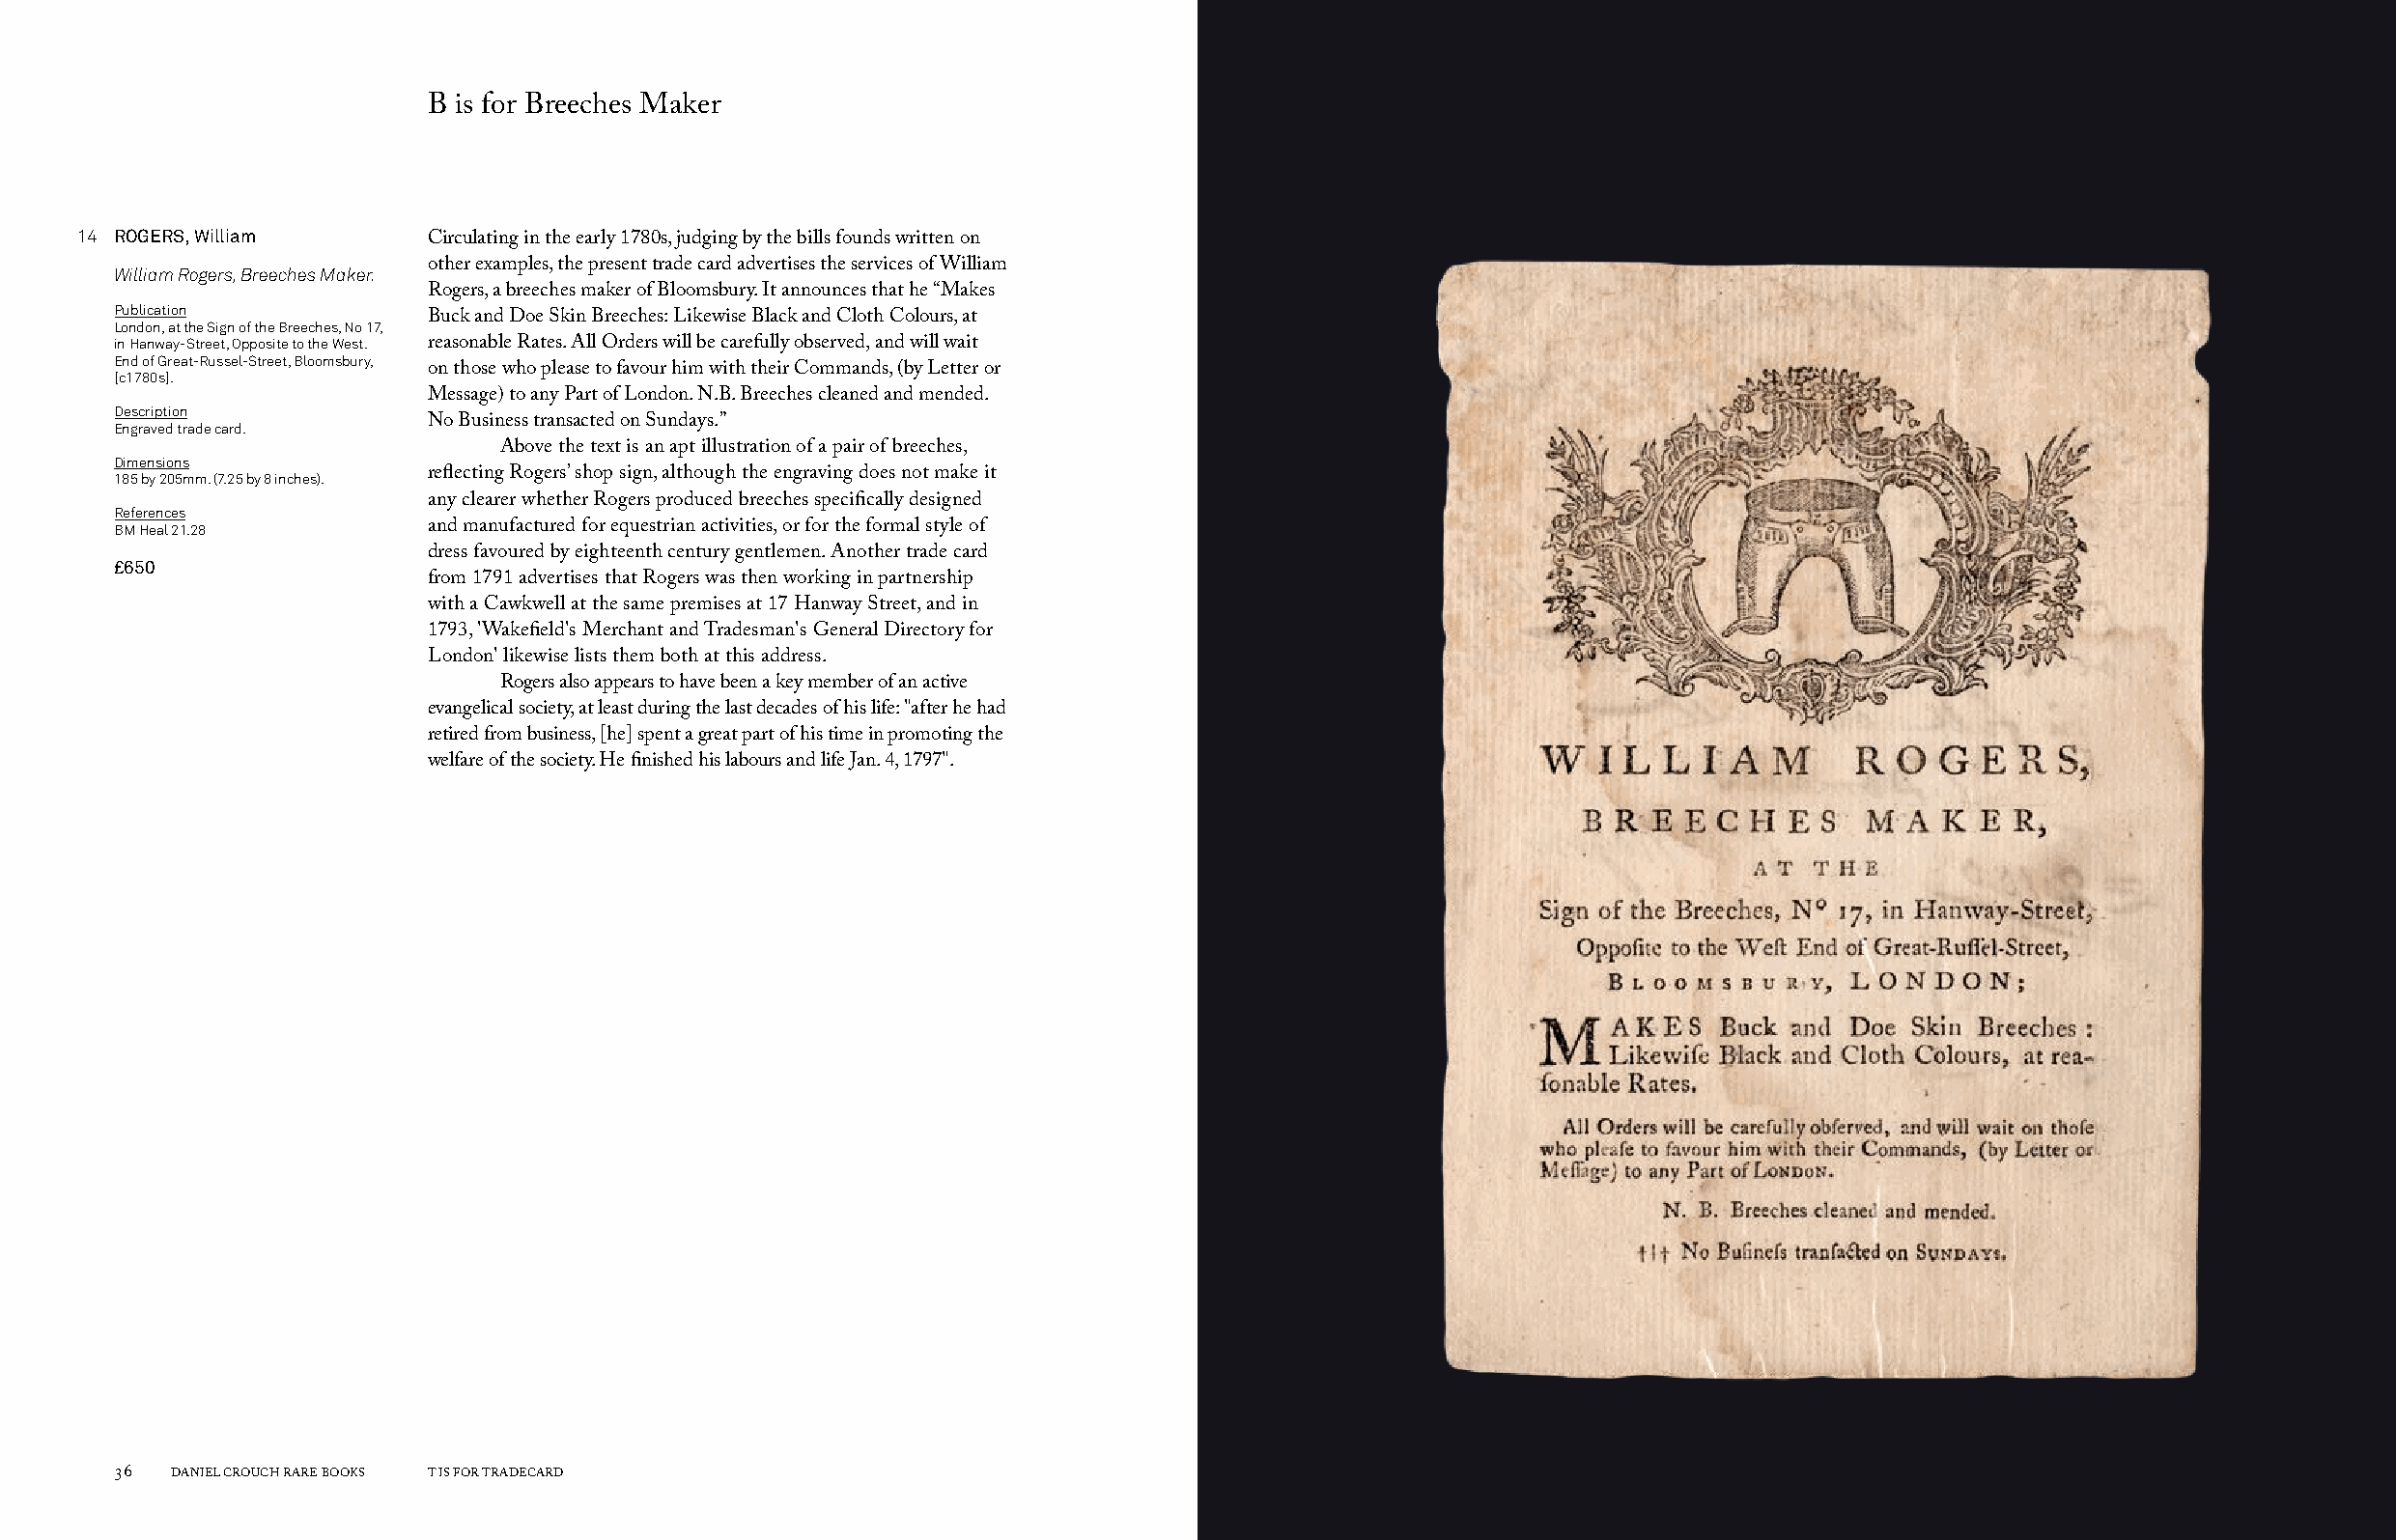
B is for Breeches Maker
 14 ROGERS, William
 Circulating in the early 1780s, judging by the bills founds written on
 William Rogers, Breeches Maker. other examples, the present trade card advertises the services of William
 Rogers, a breeches maker of Bloomsbury. It announces that he “Makes
 Publication
 London, at the Sign of the Breeches, No 17, Buck and Doe Skin Breeches: Likewise Black and Cloth Colours, at
 in Hanway-Street, Opposite to the West. reasonable Rates. All Orders will be carefully observed, and will wait
 End of Great-Russel-Street, Bloomsbury,
 [c1780s].            on those who please to favour him with their Commands, (by Letter or
 Message) to any Part of London. N.B. Breeches cleaned and mended.
 Description
 Engraved trade card. No Business transacted on Sundays.”
 Above the text is an apt illustration of a pair of breeches,
 Dimensions
 185 by 205mm. (7.25 by 8 inches). reflecting Rogers’ shop sign, although the engraving does not make it
 any clearer whether Rogers produced breeches specifically designed
 References
 BM Heal 21.28        and manufactured for equestrian activities, or for the formal style of
 dress favoured by eighteenth century gentlemen. Another trade card
 £650
 from 1791 advertises that Rogers was then working in partnership
 with a Cawkwell at the same premises at 17 Hanway Street, and in
 1793, 'Wakefield's Merchant and Tradesman's General Directory for
 London' likewise lists them both at this address.
 Rogers also appears to have been a key member of an active
 evangelical society, at least during the last decades of his life: "after he had
 retired from business, [he] spent a great part of his time in promoting the
 welfare of the society. He finished his labours and life Jan. 4, 1797".
 36  DANIEL CROUCH RARE BOOKS T IS FOR TRADECARD                                                                       T IS FOR TRADECARD DANIEL CROUCH RARE BOOKS 37